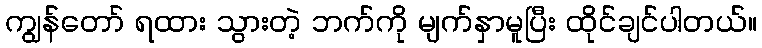
ကျွန်တော် ရထား သွားတဲ့ ဘက်ကို မျက်နှာမူပြီး ထိုင်ချင်ပါတယ်။